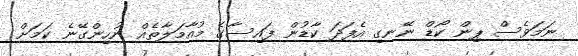
ނަމަވެސް ޕިން ކޯޑް ނޭނގި އެފަދަ ކާޑުން ފައިސާގެ މުއާމަލާތެއް ނުހިންގޭނެ ކަމަށް